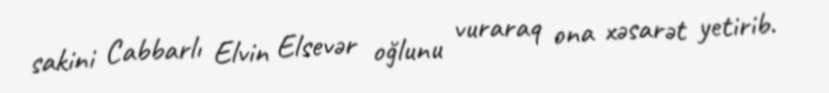
sakini Cabbarlı Elvin Elsevər oğlunu vuraraq ona xəsarət yetirib.